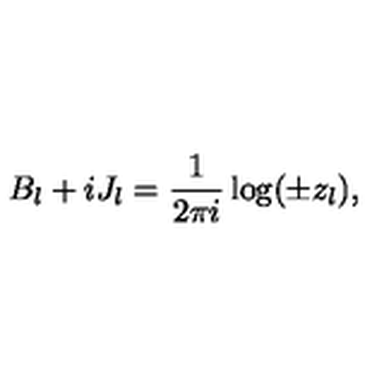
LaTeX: B _ { l } + i J _ { l } = \frac 1 { 2 \pi i } \log ( \pm z _ { l } ) ,